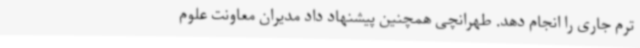
ترم جاری را انجام دهد. طهرانچی همچنین پیشنهاد داد مدیران معاونت علوم